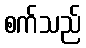
စက်သည်